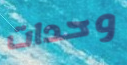
وحدات